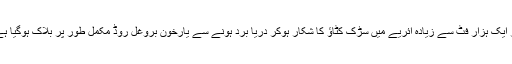
اور ایک ہزار فٹ سے زیادہ ائریے میں سڑک کٹاؤ کا شکار ہوکر دریا برد ہونے سے یارخون بروغل روڈ مکمل طور پر بلاک ہوگیا ہے ۔